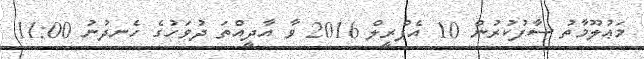
މަޢުލޫމާތު ސާފުކުރުން 10 އެޕްރީލް 2016 ވާ އާދީއްތަ ދުވަހުގެ ހެނދުނު 11:00